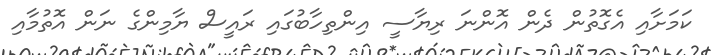
ކަމަށާއި އެގޮތުން ދެން އޮންނަ ރިޔާސީ އިންތިހާބުގައި ރައީސް ޔާމިންގެ ނަން އޮތުމާއި